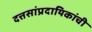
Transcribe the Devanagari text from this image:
दत्तसांप्रदायिकांची